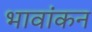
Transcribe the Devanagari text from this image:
भावांकन